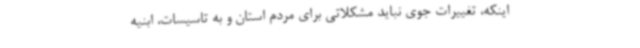
اینکه، تغییرات جوی نباید مشکلاتی برای مردم استان و به تاسیسات، ابنیه